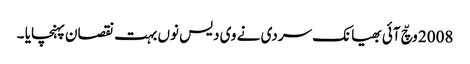
2008 وچّ آئی بھیانک سردی نے وی دیس نوں بہت نقصان پہنچایا ۔